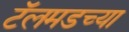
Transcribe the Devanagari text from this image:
टॅलमडच्या